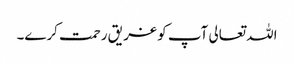
اللہ تعالی آپ کو غر یق رحمت کرے۔